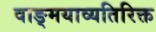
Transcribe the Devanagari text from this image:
वाङ्मयाव्यतिरिक्त